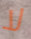
لا